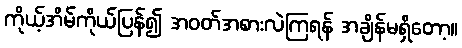
ကိုယ့်အိမ်ကိုယ်ပြန်၍ အဝတ်အစားလဲကြရန် အချိန်မရှိတော့။